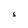
Character: S